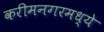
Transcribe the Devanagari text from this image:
करीमनगरमध्ये